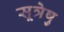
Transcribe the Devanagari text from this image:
सूत्रेषु